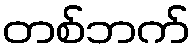
တစ်ဘက်